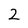
Character: 2